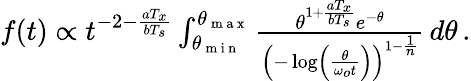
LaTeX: \begin{array}{r}{f(t)\propto t^{-2-\frac{aT_{x}}{bT_{s}}}\int_{\theta_{\mathrm{~m~i~n~}}}^{\theta_{\mathrm{~m~a~x~}}}\frac{\theta^{1+\frac{aT_{x}}{bT_{s}}}e^{-\theta}}{\left(-\log\left(\frac{\theta}{\omega_{o}t}\right)\right)^{1-\frac{1}{n}}}\, d\theta\, .}\end{array}